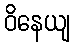
ဝိနေယျ